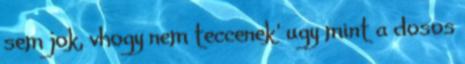
sem jok, vhogy nem teccenek' ugy mint a dosos